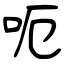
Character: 呃